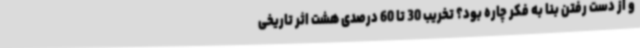
و از دست رفتن بنا به فکر چاره بود؟ تخریب 30 تا 60 درصدی هشت اثر تاریخی